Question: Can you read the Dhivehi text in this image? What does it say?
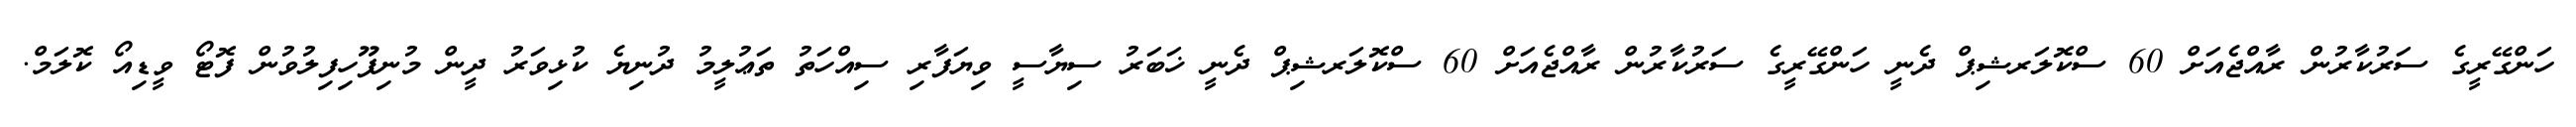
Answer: ހަންގޭރީގެ ސަރުކާރުން ރާއްޖެއަށް 60 ސްކޮލަރޝިޕް ދެނީ ހަންގޭރީގެ ސަރުކާރުން ރާއްޖެއަށް 60 ސްކޮލަރޝިޕް ދެނީ ޚަބަރު ސިޔާސީ ވިޔަފާރި ސިއްހަތު ތަޢުލީމު ދުނިޔެ ކުޅިވަރު ދީން މުނިފޫހިފިލުވުން ފޮޓޯ ވީޑިއޯ ކޮލަމް.